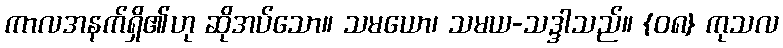
ကာလအနက်ရှိ၏ဟု ဆိုအပ်သော။ သမယော၊ သမယ-သဒ္ဒါသည်။ {၀၈} ကုသလ